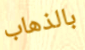
بالذهاب